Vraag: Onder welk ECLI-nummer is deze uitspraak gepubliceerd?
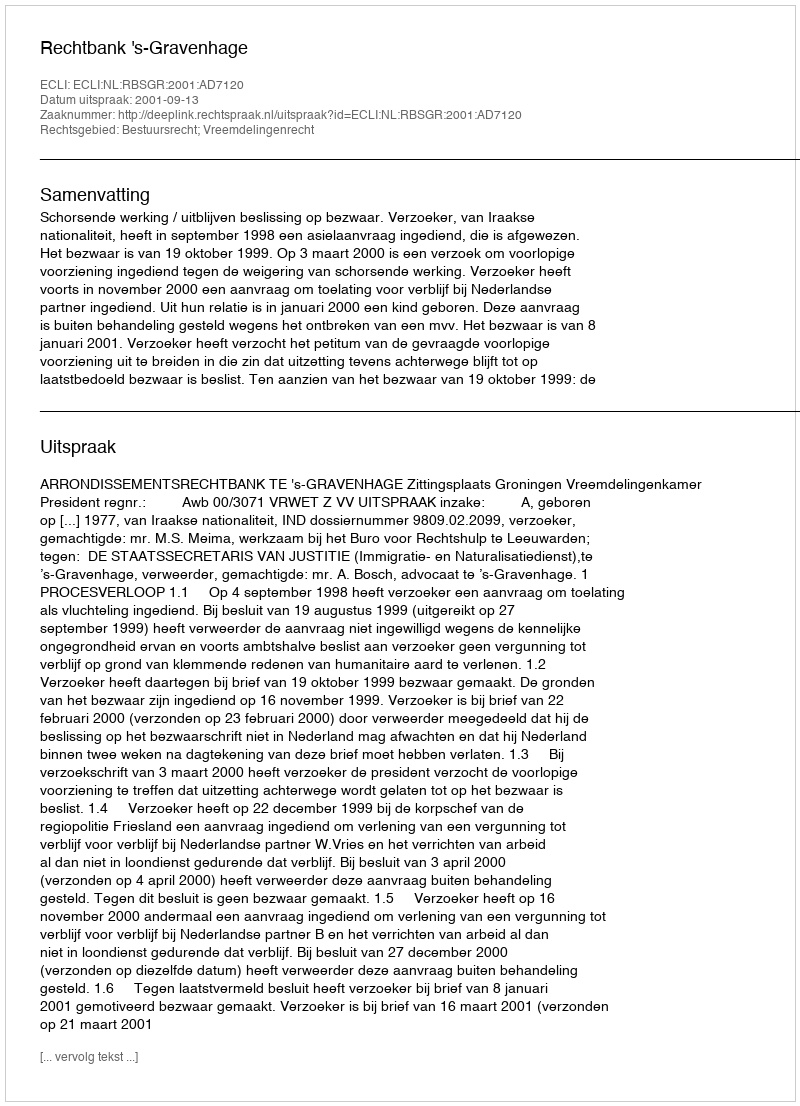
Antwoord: ECLI:NL:RBSGR:2001:AD7120